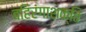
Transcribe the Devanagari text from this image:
बहिरंगाशक्ति